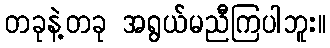
တခုနဲ့တခု အရွယ်မညီကြပါဘူး။